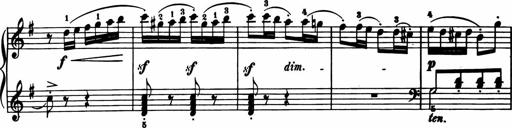
Title: 11 Sonatinas for Piano Solo
Composer: Anton Diabelli